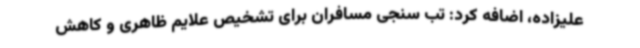
علیزاده، اضافه کرد: تب سنجی مسافران برای تشخیص علایم ظاهری و کاهش